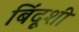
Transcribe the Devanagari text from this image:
बिंदूशी